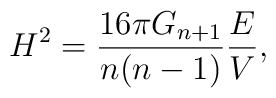
H^2 = \frac{16\pi G_{n+1}}{n(n-1)}\frac{E}{V},